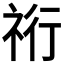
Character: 𮁴